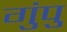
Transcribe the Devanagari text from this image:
गुंपु